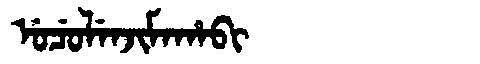
Manchu: ᡠᠴᡠᠯᡝᠨᠵᡳᠮᠠᡥᠠᠪᡳ
Romanization: UCULENJIMAHABI